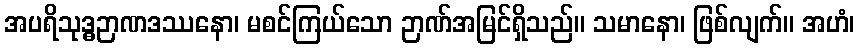
အပရိသုဒ္ဓဉာဏဒဿနော၊ မစင်ကြယ်သော ဉာဏ်အမြင်ရှိသည်။ သမာနော၊ ဖြစ်လျက်။ အဟံ၊